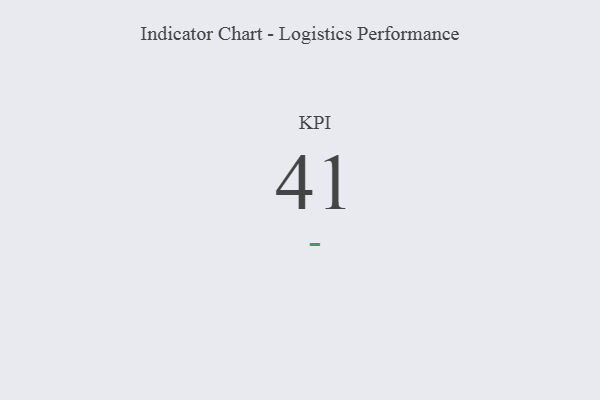
{"axis": {"x": "KPI", "y": "Value"}, "legend": [""], "data": [{"x": "KPI", "y": 41, "type": ""}]}